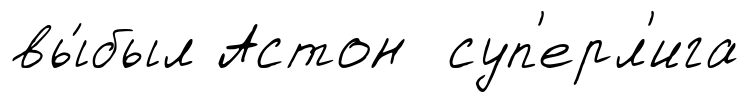
вы́был Астон суп'ерл'ига